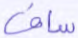
ساق